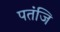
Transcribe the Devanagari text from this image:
पतंजि